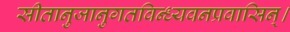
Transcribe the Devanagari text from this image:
सीतानुजानुगतविन्ध्यवनप्रवासिन्।